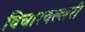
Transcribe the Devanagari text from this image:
विचारवल्लरी